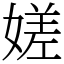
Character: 嫅